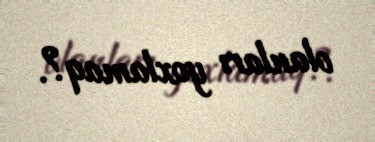
olanları yoxlamaq?.